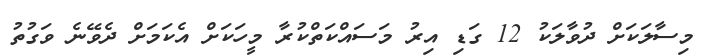
މިސާލަކަށް ދުވާލަކު 12 ގަޑި އިރު މަސައްކަތްކުރާ މީހަކަށް އެކަމަށް ދެވޭނެ ވަގުތު